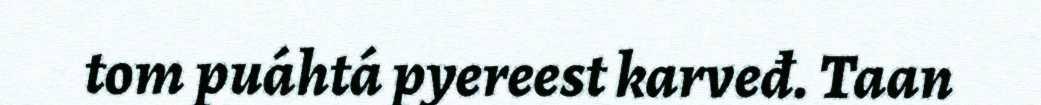
tom puáhtá pyereest karveđ. Taan